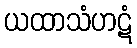
ယထာသံဟဋံ